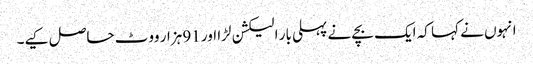
انہوں نے کہا کہ ایک بچے نے پہلی بار الیکشن لڑا اور 91 ہزار ووٹ حاصل کیے۔